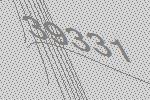
39331